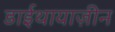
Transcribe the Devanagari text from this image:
डाईथायाज़ीन